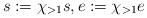
LaTeX: \begin{align*} s:= \chi_{>1} s, e:= \chi_{>1} e\end{align*}